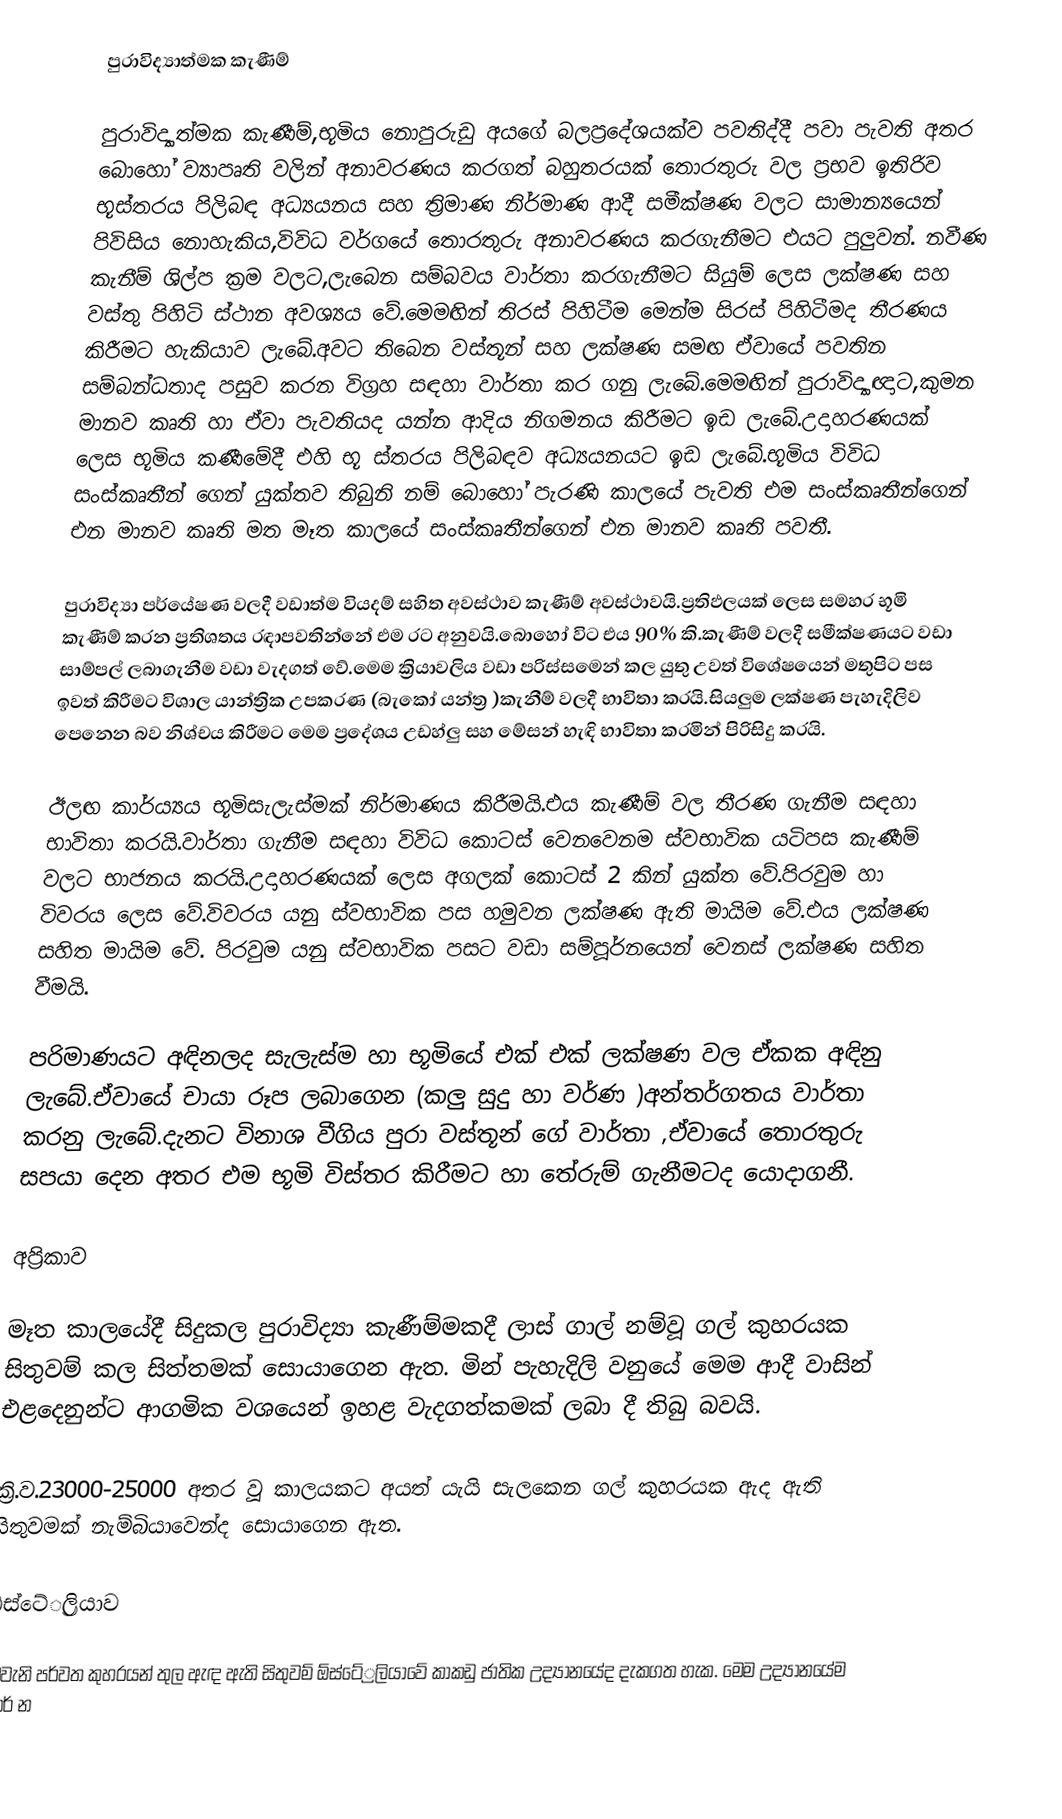
පුරාවිද්‍යාත්මක කැණීම්

පුරාවිද්‍යාත්මක කැණීම්,භූමිය නොපුරුඩු අයගේ බලප්‍රදේශයක්ව පවතිද්දී පවා පැවති අතර බොහෝ ව්‍යාපෘති වලින් අනාවරණය කරගත් බහුතරයක් තොරතුරු වල ප්‍රභව ඉතිරිව භූස්තරය පිලිබඳ අධ්‍යයනය සහ ත්‍රිමාණ නිර්මාණ ආදී සමීක්ෂණ වලට සාමාන්‍යයෙන් පිවිසිය නොහැකිය,විවිධ වර්ගයේ තොරතුරු අනාවරණය කරගැනීමට එයට පුලුවන්. නවීණ කැනීම් ශිල්ප ක්‍රම වලට,ලැබෙන සම්බවය වාර්තා කරගැනීමට සියුම් ලෙස ලක්ෂණ සහ වස්තු පිහිටි ස්ථාන අවශ්‍යය වේ.මෙමඟින් තිරස් පිහිටීම මෙන්ම සිරස් පිහිටීමද තීරණය කිරීමට හැකියාව ලැබේ.අවට තිබෙන වස්තූන් සහ ලක්ෂණ සමඟ ඒවායේ පවතින සම්බන්ධතාද පසුව කරන විග්‍රහ සඳහා වාර්තා කර ගනු ලැබේ.මෙමඟින් පුරාවිද්‍යාඥාට,කුමන මානව කෘති හා ඒවා පැවතියද යන්න ආදිය නිගමනය කිරීමට ඉඩ ලැබේ.උදාහරණයක් ලෙස භූමිය කණීමේදී එහි භූ ස්තරය පිලිබඳව අධ්‍යයනයට ඉඩ ලැබේ.භූමිය විවිධ සංස්කෘතීන් ගෙන් යුක්තව තිබුනි නම් බොහෝ පැරණි කාලයේ පැවති එම සංස්කෘතීන්ගෙන් එන මානව කෘති මත මෑත කාලයේ සංස්කෘතීන්ගෙන් එන මානව කෘති පවතී.

පුරාවිද්‍යා පර්යේෂණ වලදී වඩාත්ම වියදම් සහිත අවස්ථාව කැණීම් අවස්ථාවයි.ප්‍රතිඵලයක් ලෙස සමහර භූමි කැණීම් කරන ප්‍රතිශතය රඳාපවතින්නේ එම රට අනුවයි.බොහෝ විට එය 90% කි.කැණීම් වලදී සමීක්ෂණයට වඩා සාම්පල් ලබාගැනීම වඩා වැදගත් වේ.මෙම ක්‍රියාවලිය වඩා පරිස්සමෙන් කල යුතු උවත් විශේෂයෙන් මතුපිට පස ඉවත් කිරීමට විශාල යාන්ත්‍රික උපකරණ (බැකෝ යන්ත්‍ර )කැනීම් වලදී භාවිතා කරයි.සියලුම ලක්ෂණ පැහැදිලිව පෙනෙන බව නිශ්චය කිරීමට මෙම ප්‍රදේශය උඩහ්ලු සහ මේසන් හැඳි භාවිතා කරමින් පිරිසිදු කරයි.

ඊලඟ කාර්ය්‍යය භූමිසැලැස්මක් නිර්මාණය කිරීමයි.එය කැණීම් වල තීරණ ගැනීම සඳහා භාවිතා කරයි.වාර්තා ගැනීම සඳහා විවිධ කොටස් වෙනවෙනම ස්වභාවික යටිපස කැණීම් වලට භාජනය කරයි.උදාහරණයක් ලෙස අගලක් කොටස් 2 කින් යුක්ත වේ.පිරවුම හා විවරය ලෙස වේ.විවරය යනු ස්වභාවික පස හමුවන ලක්ෂණ ඇති මායිම වේ.එය ලක්ෂණ සහිත මායිම වේ. පිරවුම යනු ස්වභාවික පසට වඩා සම්පූර්නයෙන් වෙනස් ලක්ෂණ සහිත වීමයි.

පරිමාණයට අඳිනලද සැලැස්ම හා භූමියේ එක් එක් ලක්ෂණ වල ඒකක අඳිනු ලැබේ.ඒවායේ චායා රූප ලබාගෙන (කලු සුදු හා වර්ණ )අන්තර්ගතය වාර්තා කරනු ලැබේ.දැනට විනාශ වීගිය පුරා වස්තූන් ගේ වාර්තා ,ඒවායේ තොරතුරු සපයා දෙන අතර එම භූමි විස්තර කිරීමට හා තේරුම් ගැනීමටද යොදාගනී.

අප්‍රිකාව

මෑත කාලයේදී සිදුකල පුරාවිද්‍යා කැණීම්මකදී ලාස් ගාල් නම්වූ ගල් කුහරයක සිතුවම් කල සිත්තමක් සොයාගෙන ඇත.  මින් පැහැදිලි වනුයේ මෙම ආදී වාසින් එළදෙනුන්ට ආගමික වශයෙන් ඉහළ වැදගත්කමක් ලබා දී තිබු බවයි.

ක්‍රි.ව.23000-25000 අතර වූ කාලයකට අයත් යැයි සැලකෙන ගල් කුහරයක ඇද ඇති සිතුවමක් නැම්බියාවෙන්ද සොයාගෙන ඇත.

ඕස්ටේ්‍රලියාව

මෙවැනි පර්වත කුහරයන් තුල ඇඳ ඇති සිතුවම් ඕස්ටේ්‍රලියාවේ කාකඩු ජාතික උද්‍යානයේද දැකගත හැක.  මෙම උද්‍යානයේම ඕකර් න